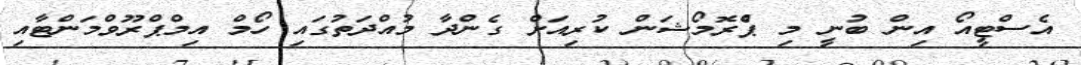
އެސްޓީއޯ އިން ބުނީ މި ޕްެރޮމޯޝަން ކުރިއަށް ގެންދާ މުއްދަތުގައި ހޯމް އިމްޕްރޫވްމަންޓާއި